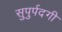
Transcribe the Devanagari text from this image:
सुपुर्पदगी